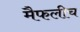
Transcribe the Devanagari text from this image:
मैफलीच